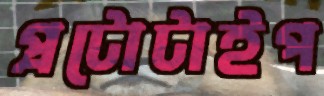
প্রটোটাইপ